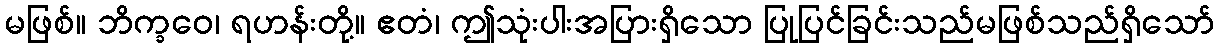
မဖြစ်။ ဘိက္ခဝေ၊ ရဟန်းတို့။ ဧတံ၊ ဤသုံးပါးအပြားရှိသော ပြုပြင်ခြင်းသည်မဖြစ်သည်ရှိသော်